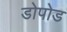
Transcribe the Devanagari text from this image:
डोपोड